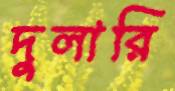
দুলারি